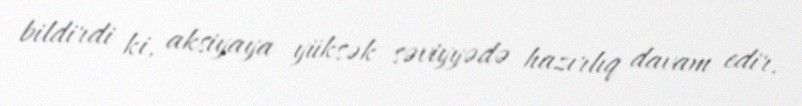
bildirdi ki, aksiyaya yüksək səviyyədə hazırlıq davam edir.